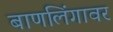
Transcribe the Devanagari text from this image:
बाणलिंगावर